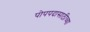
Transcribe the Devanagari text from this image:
पोपपदासाठीच्या